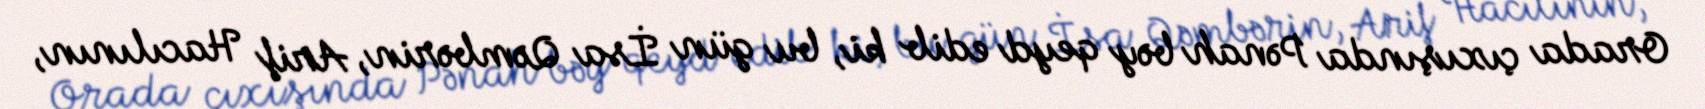
Orada çıxışında Pənah bəy qeyd edib ki, bu gün İsa Qəmbərin, Arif Hacılının,